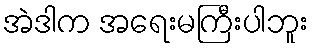
အဲဒါက အရေးမကြီးပါဘူး